Reports on military cantonments and civil stations in the Presidency of Bombay inspected by the Sanitary Commissioner in the years 1875 and 1876
Year: 1875
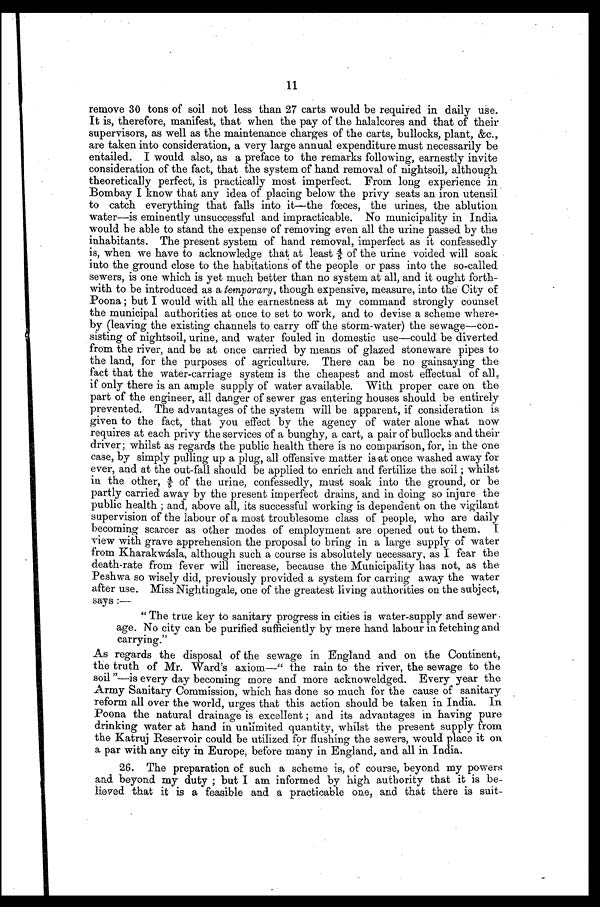
11
remove 30 tons of soil not less than 27 carts would be required in daily use.
It is, therefore, manifest, that when the pay of the halalcores and that of their
supervisors, as well as the maintenance charges of the carts, bullocks, plant, &c.,
are taken into consideration, a very large annual expenditure must necessarily be
entailed. I would also, as a preface to the remarks following, earnestly invite
consideration of the fact, that the system of hand removal of nightsoil, although
theoretically perfect, is practically most imperfect. From long experience in
Bombay I know that any idea of placing below the privy seats an iron utensil
to catch everything that falls into it—the fœces, the urines, the ablution
water—is eminently unsuccessful and impracticable. No municipality in India
would be able to stand the expense of removing even all the urine passed by the
inhabitants. The present system of hand removal, imperfect as it confessedly
is, when we have to acknowledge that at least 4/5 of the urine voided will soak
into the ground close to the habitations of the people or pass into the so-called
sewers, is one which is yet much better than no system at all, and it ought forth
-with to be introduced as a temporary, though expensive, measure, into the City of
Poona; but I would with all the earnestness at my command strongly counsel
the municipal authorities at once to set to work, and to devise a scheme where
-by (leaving the existing channels to carry off the storm-water) the sewage—con
-sisting of nightsoil, urine, and water fouled in domestic use—could be diverted
from the river, and be at once carried by means of glazed stoneware pipes to
the land, for the purposes of agriculture. There can be no gainsaying the
fact that the water-carriage system is the cheapest and most effectual of all,
if only there is an ample supply of water available. With proper care on the
part of the engineer, all danger of sewer gas entering houses should be entirely
prevented. The advantages of the system will be apparent, if consideration is
given to the fact, that you effect by the agency of water alone what now
requires at each privy the services of a bunghy, a cart, a pair of bullocks and their
driver; whilst as regards the public health there is no comparison, for, in the one
case, by simply pulling up a plug, all offensive matter isat once washed away for
ever, and at the out-fall should be applied to enrich and fertilize the soil; whilst
i n t he ot he r , 4/ 5 of t he ur i ne , c onf e s s e dl y, mus t s oa k i nt o t he gr ound, or be
partly carried away by the present imperfect drains, and in doing so injure the
public health; and, above all, its successful working is dependent on the vigilant
supervision of the labour of a most troublesome class of people, who are daily
becoming scarcer as other modes of employment are opened out to them. I
view with grave apprehension the proposal to bring in a large supply of water
from Kharakwásla, although such a course is absolutely necessary, as I fear the
death-rate from fever will increase, because the Municipality has not, as the
Peshwa so wisely did, previously provided a system for earring away the water
after use. Miss Nightingale, one of the greatest living authorities on the subject,
says
"The true key to sanitary progress in cities is water-supply and sewer
age. No city can be purified sufficiently by mere hand labour in fetching and
carrying."
As regards the disposal of the sewage in England and on the Continent,
the truth of Mr. Ward's axiom—"the rain to the river, the sewage to the
soil"—is every day becoming more and more acknoweldged. Every year the
Army Sanitary Commission, which has done so much for the cause of sanitary
reform all over the world, urges that this action should be taken in India. In
Poona the natural drainage is excellent; and its advantages in having pure
drinking water at hand in unlimited quantity, whilst the present supply from
the Katruj Reservoir could be utilized for flushing the sewers, would place it on
a par with any city in Europe, before many in England, and all in India.
26. The preparation of such a scheme is, of course, beyond my powers
and beyond my duty; but I am informed by high authority that it is be
- l i e v e d t h a t i t i s a f e a s i b l e a n d a p r a c t i c a b l e o n e , a n d t h a t t h e r e i s s u i t -